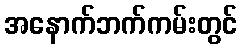
အနောက်ဘက်ကမ်းတွင်